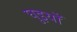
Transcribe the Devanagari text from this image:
घुइयाँ